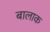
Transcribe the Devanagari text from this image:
बालाक